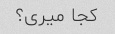
کجا میری؟